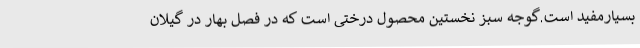
بسیارمفید است.گوجه سبز نخستین محصول درختی است که در فصل بهار در گیلان